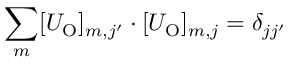
\sum _ { m } [ U _ { \mathrm { O } } ] _ { m , j ^ { \prime } } \cdot [ U _ { \mathrm { O } } ] _ { m , j } = \delta _ { j j ^ { \prime } }